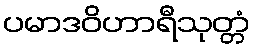
ပမာဒဝိဟာရီသုတ္တံ